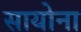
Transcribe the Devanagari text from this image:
सायोना